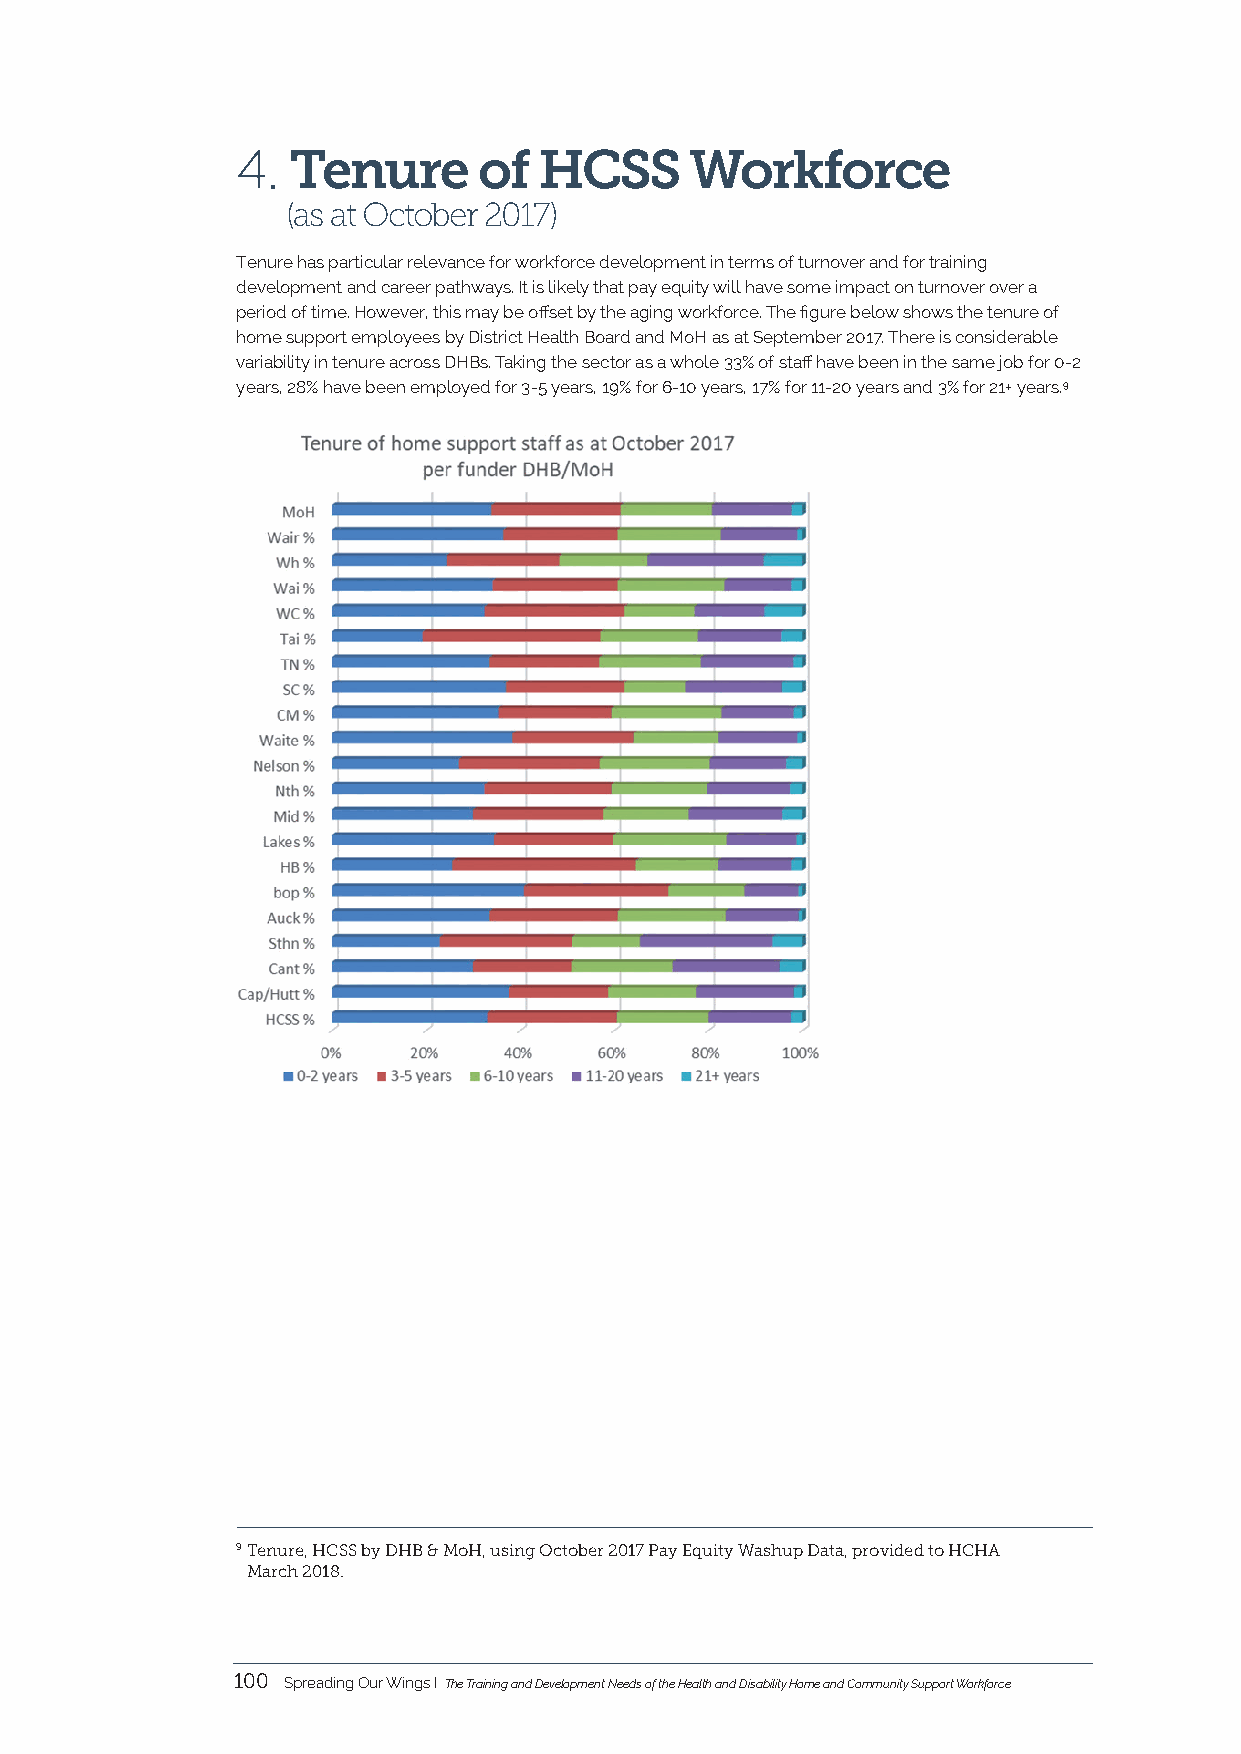
4. Tenure       of  HCSS      Workforce
 (as at October 2017)
 Tenure has particular relevance for workforce development in terms of turnover and for training
 development and career pathways. It is likely that pay equity will have some impact on turnover over a
 period of time. However, this may be offset by the aging workforce. The figure below shows the tenure of
 home support employees by District Health Board and MoH as at September 2017. There is considerable
 variability in tenure across DHBs. Taking the sector as a whole 33% of staff have been in the same job for 0-2
 years, 28% have been employed for 3-5 years, 19% for 6-10 years, 17% for 11-20 years and 3% for 21+ years.9
 9 Tenure, HCSS by DHB & MoH, using October 2017 Pay Equity Washup Data, provided to HCHA
 March 2018.
 100 Spreading Our Wings I The Training and Development Needs of the Health and Disability Home and Community Support Workforce